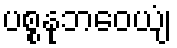
ပစ္စနုဘဝေယျံ